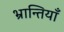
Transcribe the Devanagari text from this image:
भ्रान्तियाँ